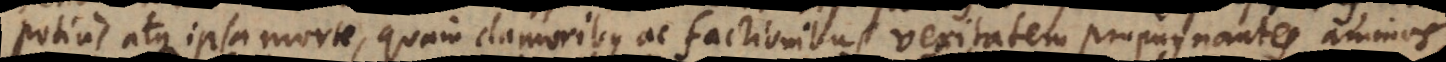
potius atque ipsa morte, quam clamoribus ac factionibus veritatem propugnantes, animos